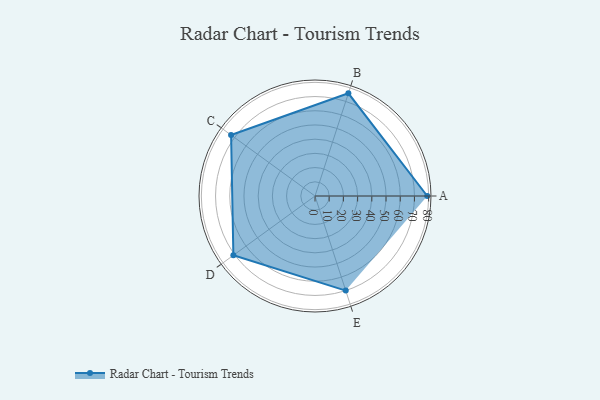
{"axis": {"x": "Skill", "y": "Score"}, "legend": ["Profile"], "data": [{"x": "A", "y": 79.0, "type": "Profile"}, {"x": "B", "y": 76.0, "type": "Profile"}, {"x": "C", "y": 73.0, "type": "Profile"}, {"x": "D", "y": 71.0, "type": "Profile"}, {"x": "E", "y": 70.0, "type": "Profile"}]}